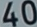
40